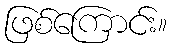
ဖြစ်ကြောင်း။